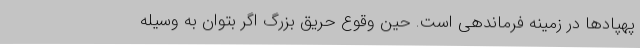
پهپادها در زمینه فرماندهی است. حین وقوع حریق بزرگ اگر بتوان به وسیله